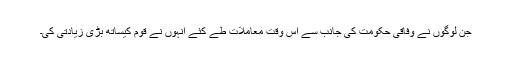
جن لوگوں نے وفاقی حکومت کی جانب سے اس وقت معاملات طے کئے انہوں نے قوم کیساتھ بڑی زیادتی کی۔